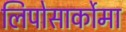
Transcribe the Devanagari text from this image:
लिपोसार्कोमा